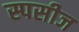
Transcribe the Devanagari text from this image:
स्पसीज